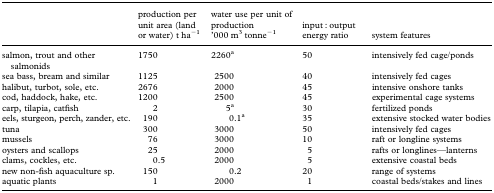
<table><thead><tr><td></td><td><b>production per unit area (land or water) t ha<sup>−1</sup></b></td><td><b>water use per unit of production &#x27;000 m<sup>3</sup> tonne<sup>−1</sup></b></td><td><b>input : output energy ratio</b></td><td><b>system features</b></td></tr></thead><tbody><tr><td>salmon, trout and other salmonids</td><td>1750</td><td>2260<sup>a</sup></td><td>50</td><td>intensively fed cage/ponds</td></tr><tr><td>sea bass, bream and similar</td><td>1125</td><td>2500</td><td>40</td><td>intensively fed cages</td></tr><tr><td>halibut, turbot, sole, etc.</td><td>2676</td><td>2000</td><td>45</td><td>intensive onshore tanks</td></tr><tr><td>cod, haddock, hake, etc.</td><td>1200</td><td>2500</td><td>45</td><td>experimental cage systems</td></tr><tr><td>carp, tilapia, catfish</td><td>2</td><td>5<sup>a</sup></td><td>30</td><td>fertilized ponds</td></tr><tr><td>eels, sturgeon, perch, zander, etc.</td><td>190</td><td>0.1<sup>a</sup></td><td>35</td><td>extensive stocked water bodies</td></tr><tr><td>tuna</td><td>300</td><td>3000</td><td>50</td><td>intensively fed cages</td></tr><tr><td>mussels</td><td>76</td><td>3000</td><td>10</td><td>raft or longline systems</td></tr><tr><td>oysters and scallops</td><td>25</td><td>2000</td><td>5</td><td>rafts or longlines—lanterns</td></tr><tr><td>clams, cockles, etc.</td><td>0.5</td><td>2000</td><td>5</td><td>extensive coastal beds</td></tr><tr><td>new non-fish aquaculture sp.</td><td>150</td><td>0.2</td><td>20</td><td>range of systems</td></tr><tr><td>aquatic plants</td><td>1</td><td>2000</td><td>1</td><td>coastal beds/stakes and lines</td></tr></tbody></table>